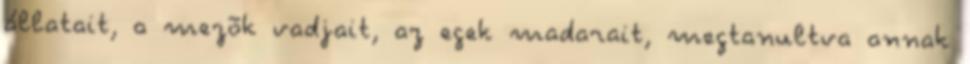
állatait, a mezõk vadjait, az egek madarait, megtanultva annak